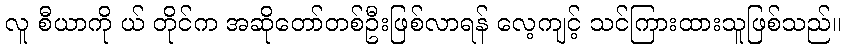
လူ စီယာကို ယ် တိုင်က အဆိုတော်တစ်ဦးဖြစ်လာရန် လေ့ကျင့် သင်ကြားထားသူဖြစ်သည်။